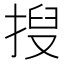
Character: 𫽍